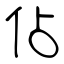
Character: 佔